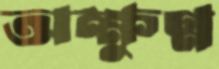
অক্ষুণ্ন